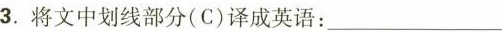
3.将文中划线部分(C)译成英语:___